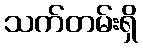
သက်တမ်းရှိ